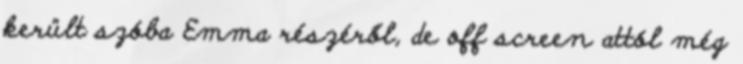
került szóba Emma részéről, de off screen attól még